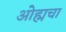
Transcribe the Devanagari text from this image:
ओह्मचा